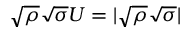
{ \sqrt { \rho } } { \sqrt { \sigma } } U = | { \sqrt { \rho } } { \sqrt { \sigma } } |